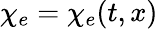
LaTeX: \chi_{e}=\chi_{e}(t,x)